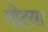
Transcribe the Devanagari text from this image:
गोटया